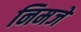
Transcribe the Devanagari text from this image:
निमजे